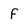
Character: f